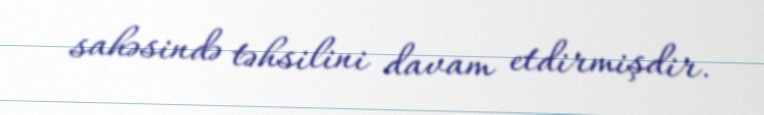
sahəsində təhsilini davam etdirmişdir.